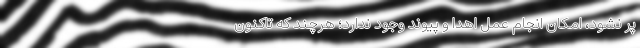
پر نشود، امکان انجام عمل اهدا و پیوند وجود ندارد؛ هرچند که تاکنون